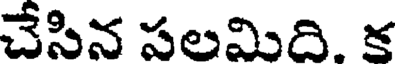
చేసిన పలమిది. క